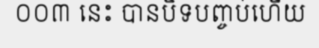
០០៣ នេះ បានបិទបញ្ចប់ហើយ